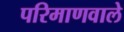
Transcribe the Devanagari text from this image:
परिमाणवाले